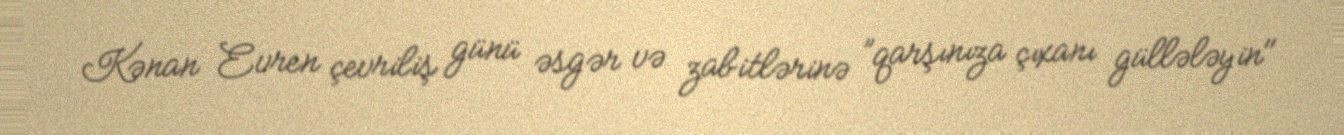
Kənan Evren çevriliş günü əsgər və zabitlərinə ”qarşınıza çıxanı güllələyin"